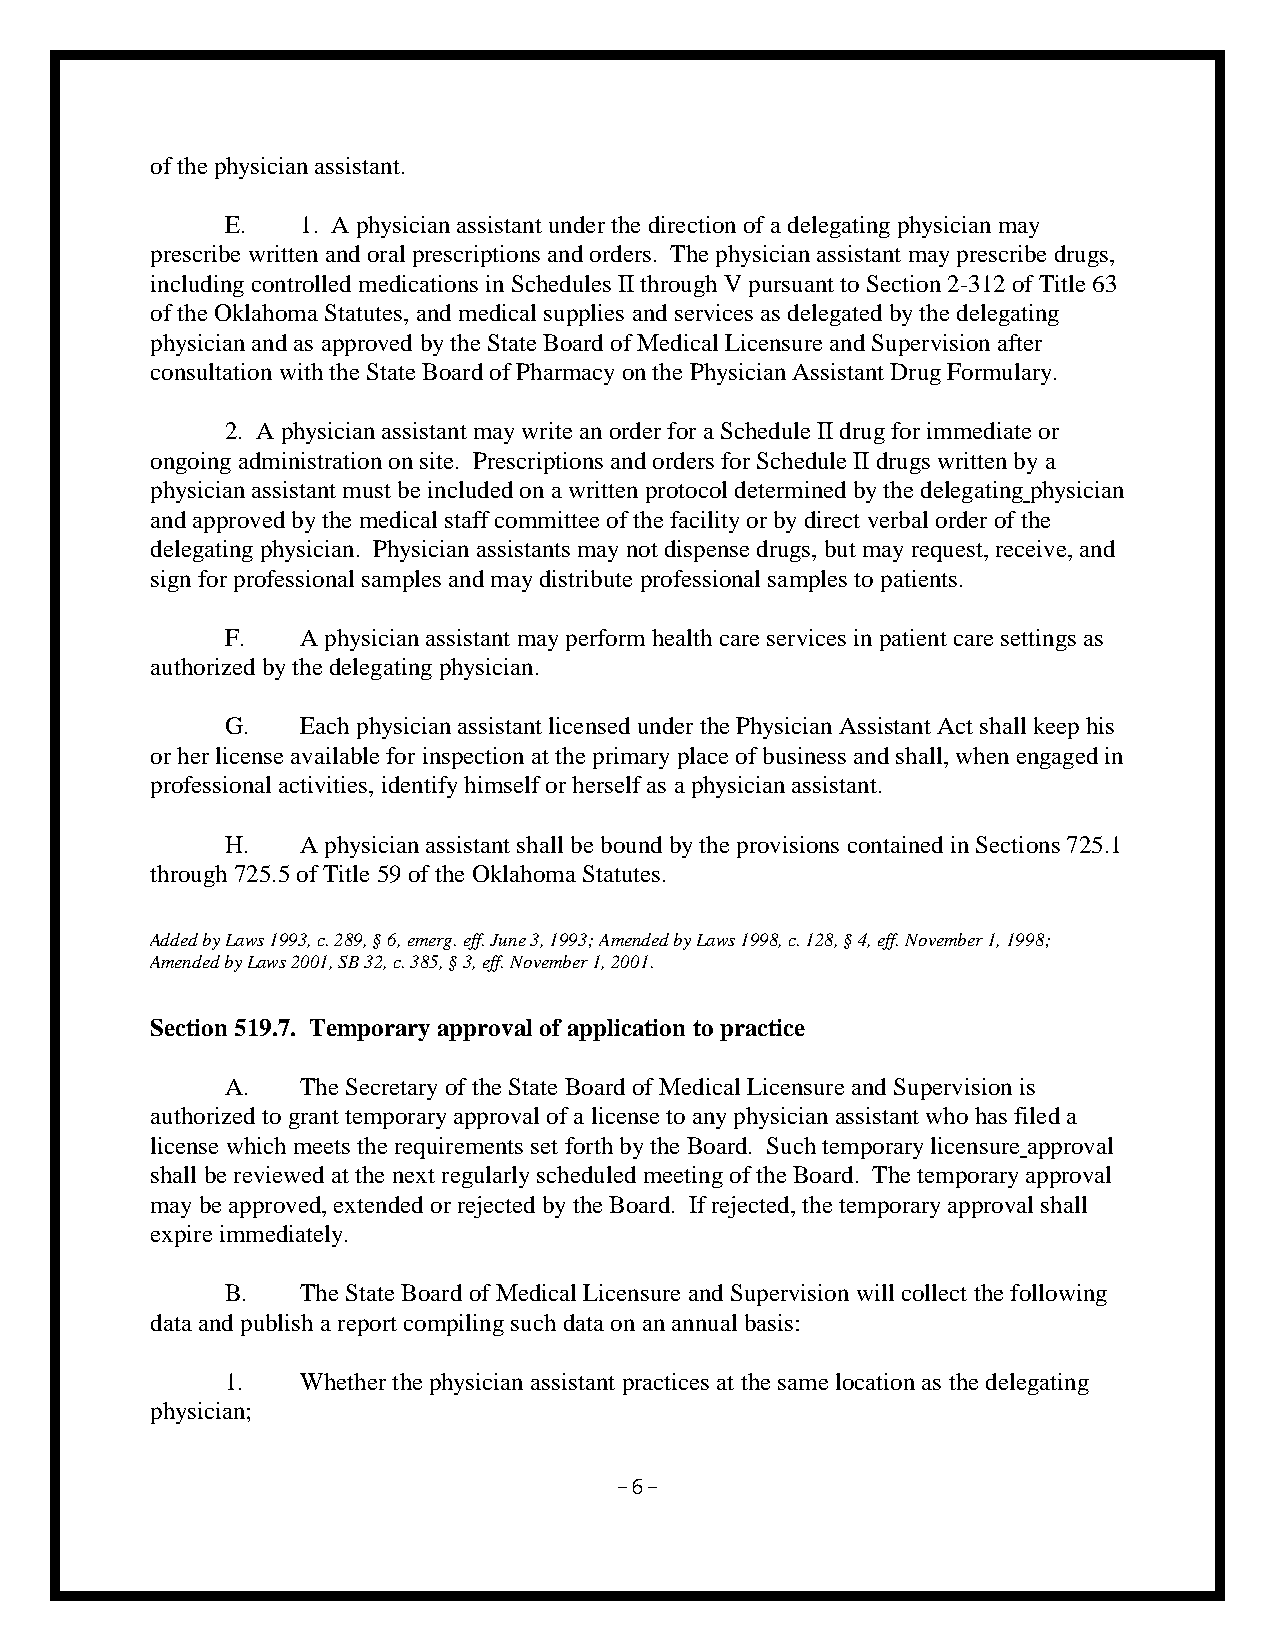
of the physician assistant.
 E.   1. A physician assistant under the direction of a delegating physician may
 prescribe written and oral prescriptions and orders. The physician assistant may prescribe drugs,
 including controlled medications in Schedules II through V pursuant to Section 2-312 of Title 63
 of the Oklahoma Statutes, and medical supplies and services as delegated by the delegating
 physician and as approved by the State Board of Medical Licensure and Supervision after
 consultation with the State Board of Pharmacy on the Physician Assistant Drug Formulary.
 2. A physician assistant may write an order for a Schedule II drug for immediate or
 ongoing administration on site. Prescriptions and orders for Schedule II drugs written by a
 physician assistant must be included on a written protocol determined by the delegating physician
 and approved by the medical staff committee of the facility or by direct verbal order of the
 delegating physician. Physician assistants may not dispense drugs, but may request, receive, and
 sign for professional samples and may distribute professional samples to patients.
 F.   A physician assistant may perform health care services in patient care settings as
 authorized by the delegating physician.
 G.   Each physician assistant licensed under the Physician Assistant Act shall keep his
 or her license available for inspection at the primary place of business and shall, when engaged in
 professional activities, identify himself or herself as a physician assistant.
 H.   A physician assistant shall be bound by the provisions contained in Sections 725.1
 through 725.5 of Title 59 of the Oklahoma Statutes.
 Added by Laws 1993, c. 289, § 6, emerg. eff. June 3, 1993; Amended by Laws 1998, c. 128, § 4, eff. November 1, 1998;
 Amended by Laws 2001, SB 32, c. 385, § 3, eff. November 1, 2001.
 Section 519.7. Temporary approval of application to practice
 A.   The Secretary of the State Board of Medical Licensure and Supervision is
 authorized to grant temporary approval of a license to any physician assistant who has filed a
 license which meets the requirements set forth by the Board. Such temporary licensure approval
 shall be reviewed at the next regularly scheduled meeting of the Board. The temporary approval
 may be approved, extended or rejected by the Board. If rejected, the temporary approval shall
 expire immediately.
 B.   The State Board of Medical Licensure and Supervision will collect the following
 data and publish a report compiling such data on an annual basis:
 1.   Whether the physician assistant practices at the same location as the delegating
 physician;
 -6-